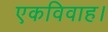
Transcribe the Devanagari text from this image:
एकविवाह।